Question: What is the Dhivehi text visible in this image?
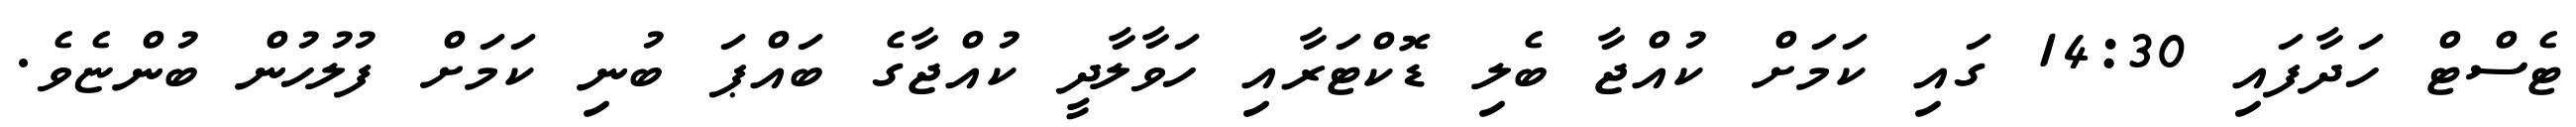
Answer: ޓެސްޓް ހަދާފައި 14:30 ގައި ކަމަށް ކުއްޖާ ބެލި ޑޮކްޓަރާއި ހަވާލާދީ ކުއްޖާގެ ބައްޕަ ބުނި ކަމަށް ފުލުހުން ބުންޏެވެ.